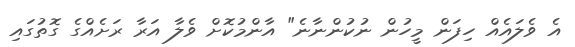
އެ ވެލައެއް ހިފަން މީހުން ނުކުންނާނެ" އާންމުކޮށް ވެލާ އަރާ ރަށެއްގެ ގޮތުގައި